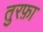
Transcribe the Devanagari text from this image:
तुरफ़ा